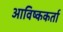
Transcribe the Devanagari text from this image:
आविष्ककर्ता